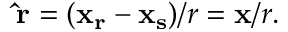
{ \bf \hat { r } } = ( { \bf x _ { r } - x _ { s } } ) / r = { \bf x } / r .